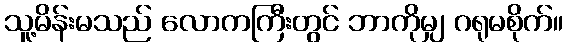
သူ့မိန်းမသည် လောကကြီးတွင် ဘာကိုမျှ ဂရုမစိုက်။